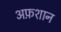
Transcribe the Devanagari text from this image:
अफ़शान